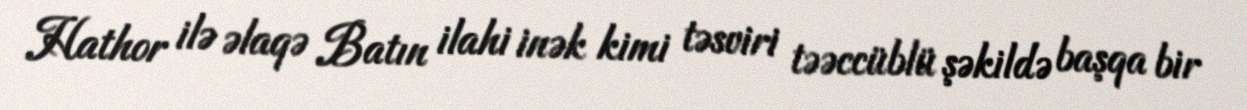
Hathor ilə əlaqə Batın ilahi inək kimi təsviri təəccüblü şəkildə başqa bir